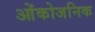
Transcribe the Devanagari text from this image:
ओंकोजनिक